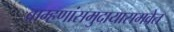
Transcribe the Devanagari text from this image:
ब्राम्हणांसमुदायासमवेत